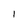
Character: I